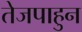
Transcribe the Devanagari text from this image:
तेजपाहुन